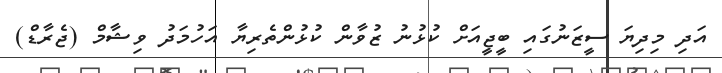
އަދި މިދިޔަ ސީޒަނުގައި ބީޖީއަށް ކުޅުނު ޒުވާން ކުޅުންތެރިޔާ އަހުމަދު ވިޝާމް (ޖެރާޑް)